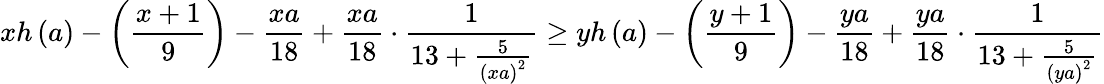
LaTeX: xh\left(a\right)-\left(\frac{x+1}{9}\right)-\frac{xa}{18}+\frac{xa}{18}\cdot\frac{1}{13+\frac{5}{\left(xa\right)^{2}}}\geq yh\left(a\right)-\left(\frac{y+1}{9}\right)-\frac{ya}{18}+\frac{ya}{18}\cdot\frac{1}{13+\frac{5}{\left(ya\right)^{2}}}